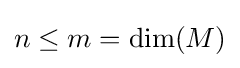
n\leq m=\mathrm {dim} (M)